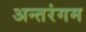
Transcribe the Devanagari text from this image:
अन्तरंगम